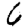
Digit: 6